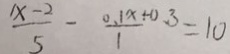
\frac { x - 2 } { 5 } - \frac { 0 . 1 x + 0 . 3 } { 1 } = 1 0